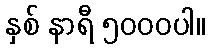
နှစ် နာရီ ၅၀၀၀ပါ။